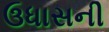
ઉધાસની